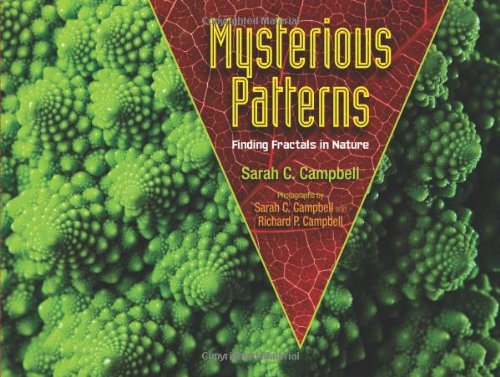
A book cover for Mysterious Patterns: Finding Fractals in Nature; Sarah C. Campbell; Children's Books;